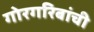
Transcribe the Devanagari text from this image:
गोरगरिबांची